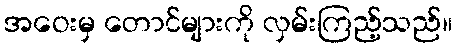
အဝေးမှ တောင်များကို လှမ်းကြည့်သည်။